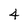
Character: 4